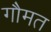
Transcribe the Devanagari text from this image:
गौमत